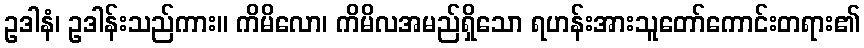
ဥဒါနံ၊ ဥဒါန်းသည်ကား။ ကိမိလော၊ ကိမိလအမည်ရှိသော ရဟန်းအားသူတော်ကောင်းတရား၏